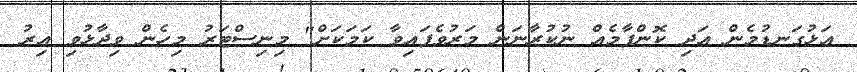
އަޅުގަނޑުމެން އަދި ކޮންފާމެއް ނުކުރާނަން މަރުވެފައިވާ ކަމަކަށް" މިނިސްޓަރު މިހެން ވިދާޅުވި އިރު